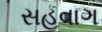
સહવાગ